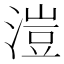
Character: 溰